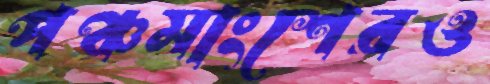
পঞ্চমাংশেরও